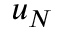
u _ { N }